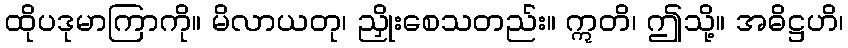
ထိုပဒုမာကြာကို။ မိလာယတု၊ ညှိုးစေသတည်း။ ဣတိ၊ ဤသို့။ အဓိဋ္ဌဟိ၊